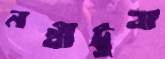
নখীট্রুবা